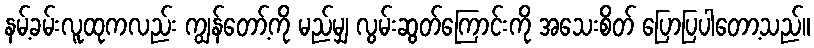
နမ့်ခမ်းလူထုကလည်း ကျွန်တော့်ကို မည်မျှ လွမ်းဆွတ်ကြောင်းကို အသေးစိတ် ပြောပြပါတော့သည်။